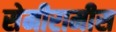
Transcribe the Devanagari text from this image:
सेमीरामीस